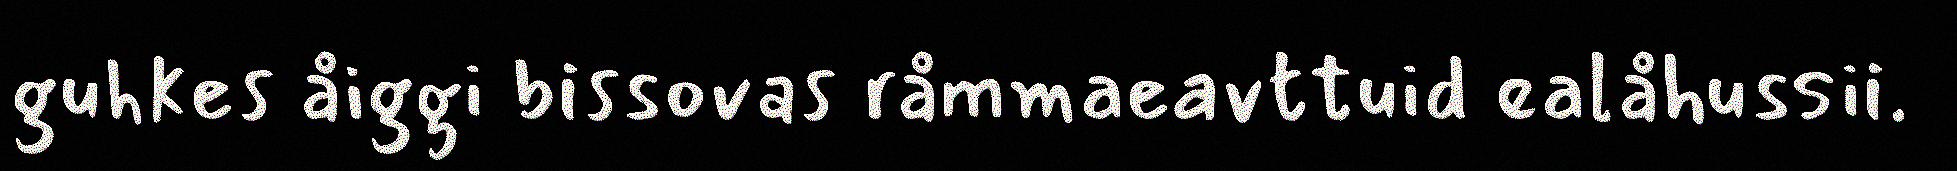
guhkes åiggi bissovas råmmaeavttuid ealåhussii.